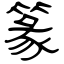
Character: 篆